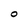
Character: O